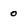
Character: 0